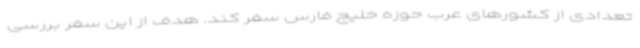
تعدادی از کشورهای عرب حوزه خلیج فارس سفر کند. هدف از این سفر بررسی